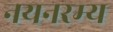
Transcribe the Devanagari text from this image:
नयनरम्‍य